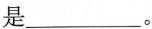
是___。